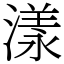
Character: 漾